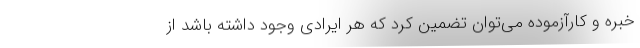
خبره و کارآزموده می‌توان تضمین کرد که هر ایرادی وجود داشته باشد از